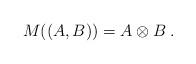
LaTeX: \begin{align*}M((A,B))=A\otimes B\;.\end{align*}